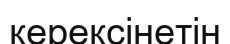
керексінетін